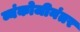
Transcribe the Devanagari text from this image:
व्यंकोजीनंतर